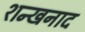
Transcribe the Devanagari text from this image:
शन्खनाद